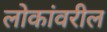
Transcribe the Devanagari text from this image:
लोकांवरील